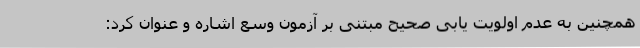
همچنین به عدم اولویت یابی صحیح مبتنی بر آزمون وسع اشاره و عنوان کرد: